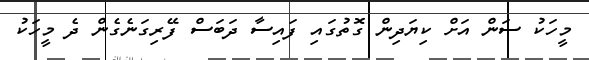
މީހަކު ސަން އަށް ކިޔަދިން ގޮތުގައި ފައިސާ ދަބަސް ފޭރިގަނެގެން ދެ މީހަކު